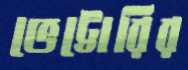
ভেট্টোরির